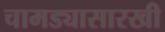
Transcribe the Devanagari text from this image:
चामड्यासारखी